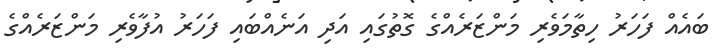
ބައެއް ފަހަރު ހިތާމަވެރި މަންޒަރެއްގެ ގޮތުގައި އަދި އަނެއްބައި ފަހަރު އުފާވެރި މަންޒަރެއްގެ